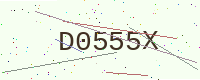
Text: D0555X